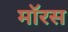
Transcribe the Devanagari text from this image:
मॉरस